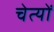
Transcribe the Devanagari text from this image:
चेत्यों